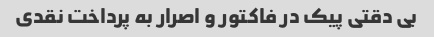
بی دقتی پیک در فاکتور و اصرار به پرداخت نقدی